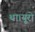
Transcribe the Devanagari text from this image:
था।यूरो